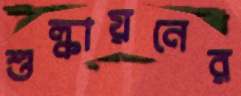
শুল্কায়নের